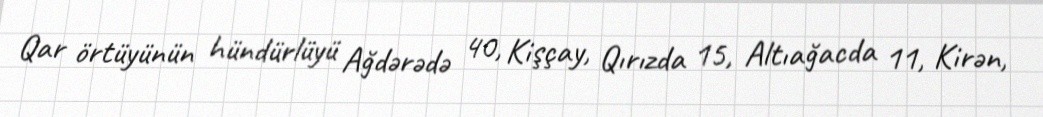
Qar örtüyünün hündürlüyü Ağdərədə 40, Kişçay, Qırızda 15, Altıağacda 11, Kirən,